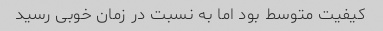
کیفیت متوسط بود اما به نسبت در زمان خوبی رسید